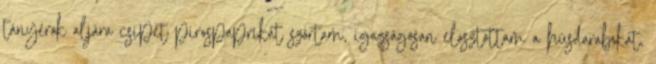
tányérok aljára csipet pirospaprikát szórtam, igazságosan elosztottam a húsdarabokat,